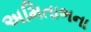
અમિતાભના